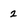
Character: 2